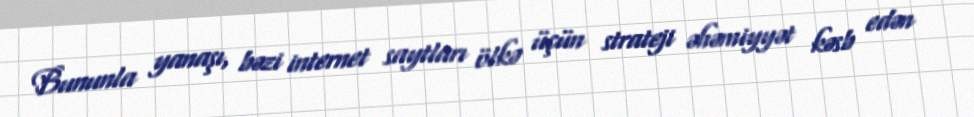
Bununla yanaşı, bəzi internet saytları ölkə üçün strateji əhəmiyyət kəsb edən